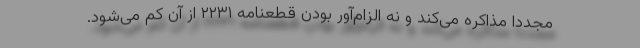
مجدداً مذاکره می‌کند و نه الزام‌آور بودن قطعنامه ۲۲۳۱ از آن کم می‌شود.